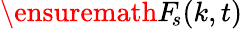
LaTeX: \ensuremath{F_{\! s}}(k,t)